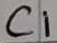
Text: C1